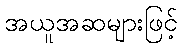
အယူအဆများဖြင့်